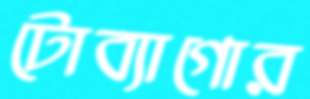
টোব্যাগোর